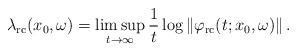
LaTeX: \begin{align*}\lambda_{\mathrm{rc}}(x_{0}, \omega) = \limsup_{t \to\infty}\frac{1}{t} \log\left\| \varphi_{\mathrm{rc}}(t; x_{0}, \omega)\right\| .\end{align*}